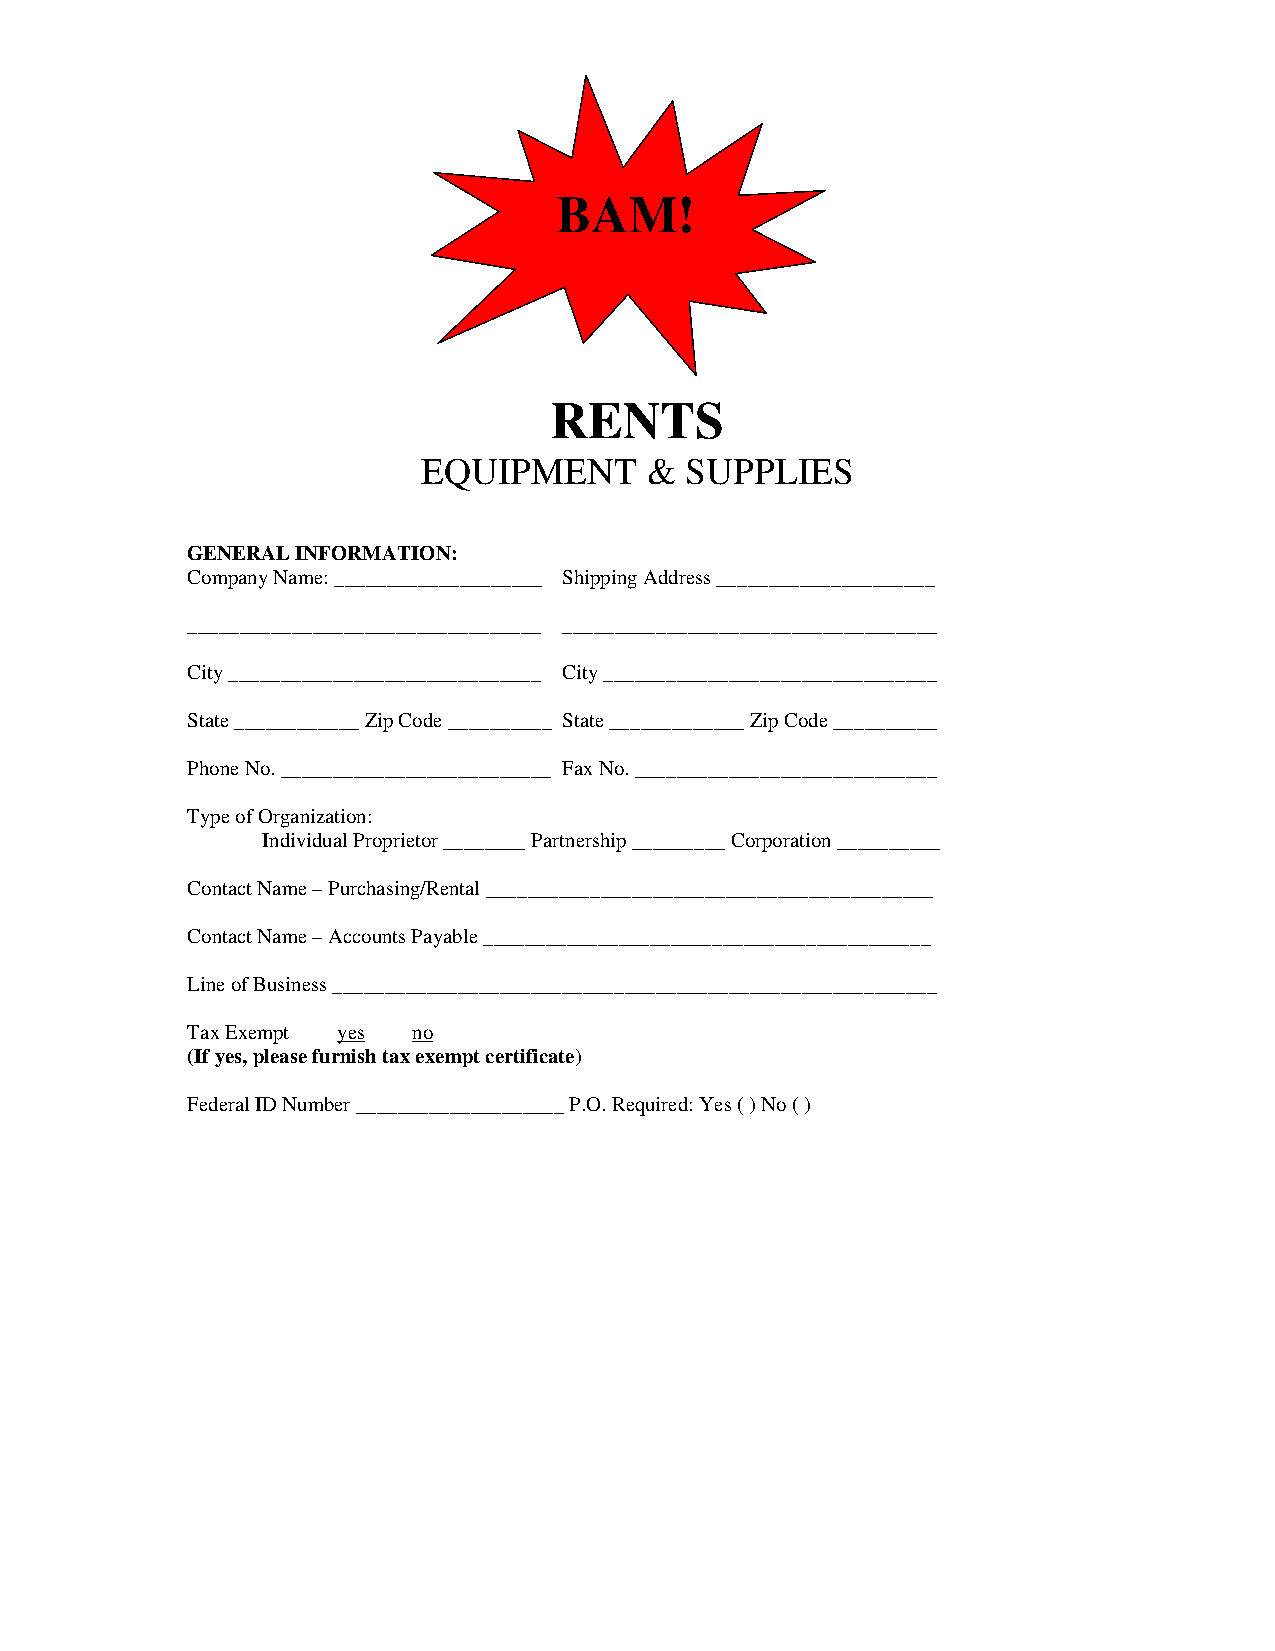
BAM!
 RENTS
 EQUIPMENT      & SUPPLIES
 GENERAL INFORMATION:
 Company Name: ____________________ Shipping Address _____________________
 __________________________________ ____________________________________
 City ______________________________ City ________________________________
 State ____________ Zip Code __________ State _____________ Zip Code __________
 Phone No. __________________________ Fax No. _____________________________
 Type of Organization:
 Individual Proprietor ________ Partnership _________ Corporation __________
 Contact Name – Purchasing/Rental ___________________________________________
 Contact Name – Accounts Payable ___________________________________________
 Line of Business __________________________________________________________
 Tax Exempt yes no
 (If yes, please furnish tax exempt certificate)
 Federal ID Number ____________________ P.O. Required: Yes ( ) No ( )